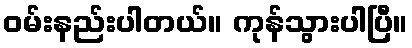
ဝမ်းနည်းပါတယ်။ ကုန်သွားပါပြီ။